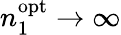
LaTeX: n_{1}^{\mathrm{opt}}\to\infty